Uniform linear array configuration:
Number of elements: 32
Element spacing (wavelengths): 0.25
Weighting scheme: cosine
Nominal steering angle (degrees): -60
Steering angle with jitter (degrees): -58.601
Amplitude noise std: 0.05
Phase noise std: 0.05

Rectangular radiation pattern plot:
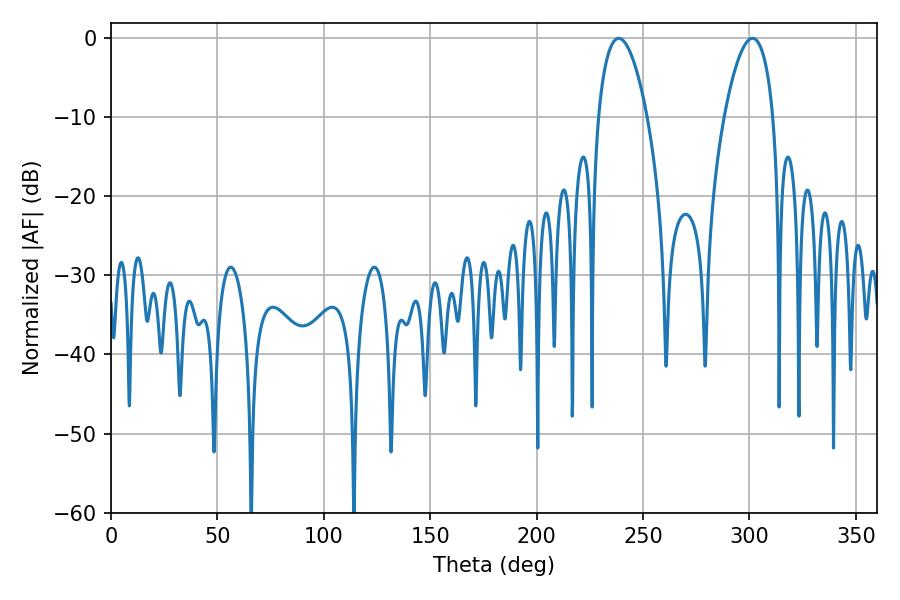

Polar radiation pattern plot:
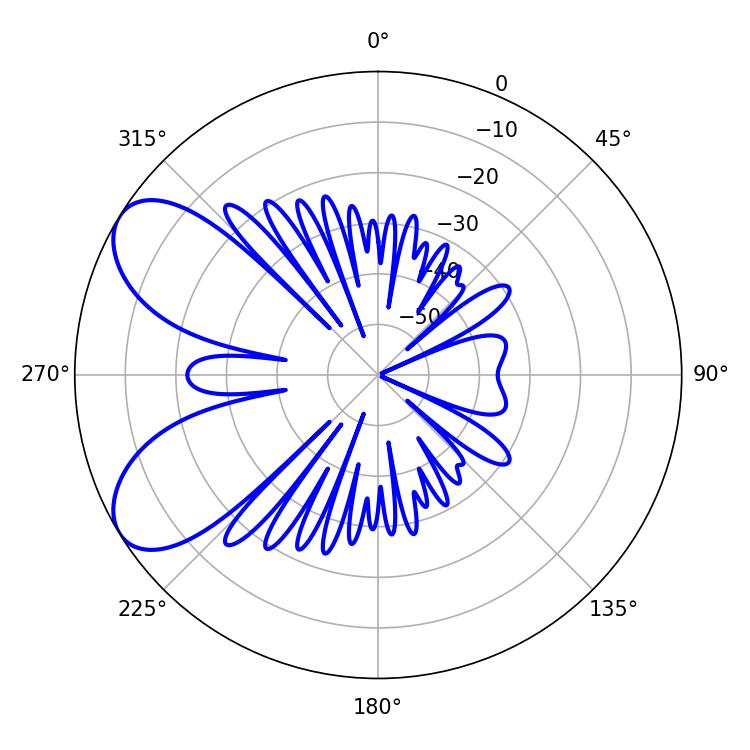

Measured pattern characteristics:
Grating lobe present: FALSE
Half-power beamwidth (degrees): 12.78
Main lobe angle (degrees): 238.5